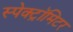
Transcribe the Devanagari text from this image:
स्पेक्ट्रॉमिटर